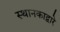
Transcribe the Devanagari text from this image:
स्थानकाद्वारे